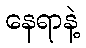
နေရာနဲ့